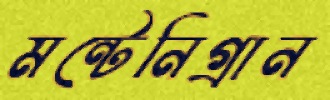
মন্টেনিগ্রান